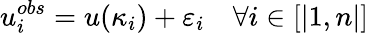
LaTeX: u_{i}^{obs}=u(\kappa_{i})+\varepsilon_{i}\quad\forall i\in[|1,n|]